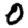
Digit: 0